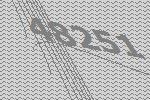
48251